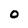
Character: 0